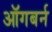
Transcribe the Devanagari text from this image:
ऑगबर्न